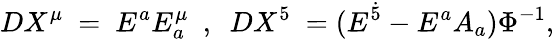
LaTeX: DX^{\mu}~=~E^{a}E_{a}^{\mu}~~,~~DX^{5}~=(E^{\dot{5}}-E^{a}A_{a})\Phi^{-1},